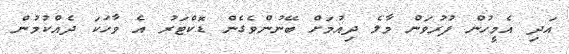
އަދި އެމީހުން ފުރުވަން މާލެ ދިއުމަށް ބޭނުންވެގެން ޑޮކްޓަރު އެ ވާހަކަ ދެއްކުމުން